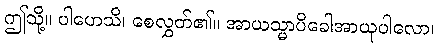
ဤသို့။ ပါဟေသိ၊ စေလွှတ်၏။ အာယသ္မာပိခေါအာယုပါလော၊